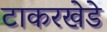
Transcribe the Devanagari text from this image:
टाकरखेडे